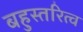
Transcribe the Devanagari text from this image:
बहुस्तरित्व